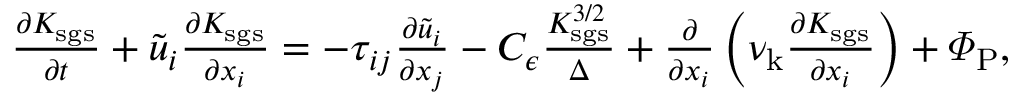
\begin{array} { r } { \frac { \partial K _ { \mathrm { s g s } } } { \partial t } + \tilde { u } _ { i } \frac { \partial K _ { \mathrm { s g s } } } { \partial x _ { i } } = - \tau _ { i j } \frac { \partial \tilde { u } _ { i } } { \partial x _ { j } } - C _ { \epsilon } \frac { K _ { \mathrm { s g s } } ^ { 3 / 2 } } { \Delta } + \frac { \partial } { \partial x _ { i } } \left( \nu _ { \mathrm { k } } \frac { \partial K _ { \mathrm { s g s } } } { \partial x _ { i } } \right) + \varPhi _ { \mathrm { P } } , } \end{array}